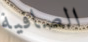
الصافية